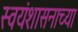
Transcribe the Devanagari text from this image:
स्वयंशासनाच्या